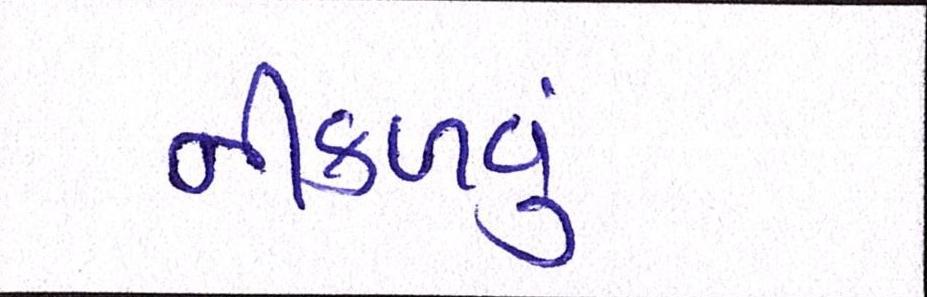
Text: નીકળવું